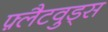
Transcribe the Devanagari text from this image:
फ़्लैटवुड्स